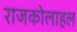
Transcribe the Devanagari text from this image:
राजकोलाहल